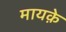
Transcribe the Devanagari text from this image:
मायक़े